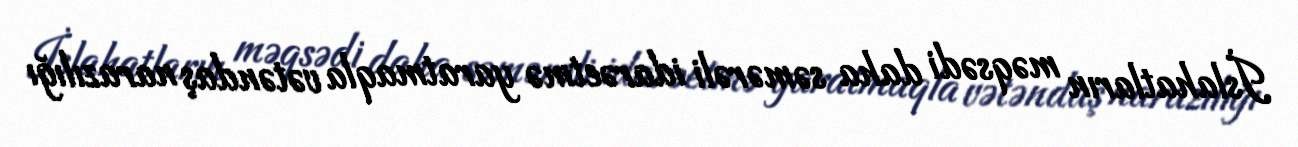
İslahatların məqsədi daha səmərəli idarəetmə yaratmaqla vətəndaş narazılığı